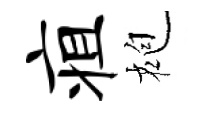
疽袍